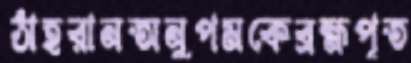
ঠাহরানঅনুপমকেব্রহ্মপূত